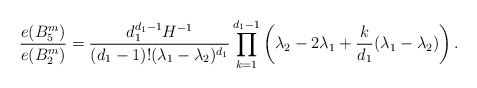
\begin{align*}{e(B^m_5)\over e(B^m_2)} ={d_1^{d_1-1}H^{-1} \over (d_1-1)!(\lambda_1-\lambda_2)^{d_1}}\prod_{k=1}^{d_1-1} \left(\lambda_2-2\lambda_1+{k\over d_1}(\lambda_1-\lambda_2)\right).\end{align*}